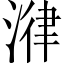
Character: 𣹕